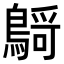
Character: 𪃴